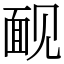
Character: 䩄